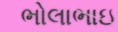
ભોલાભાઇ